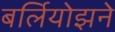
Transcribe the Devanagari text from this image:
बर्लियोझने